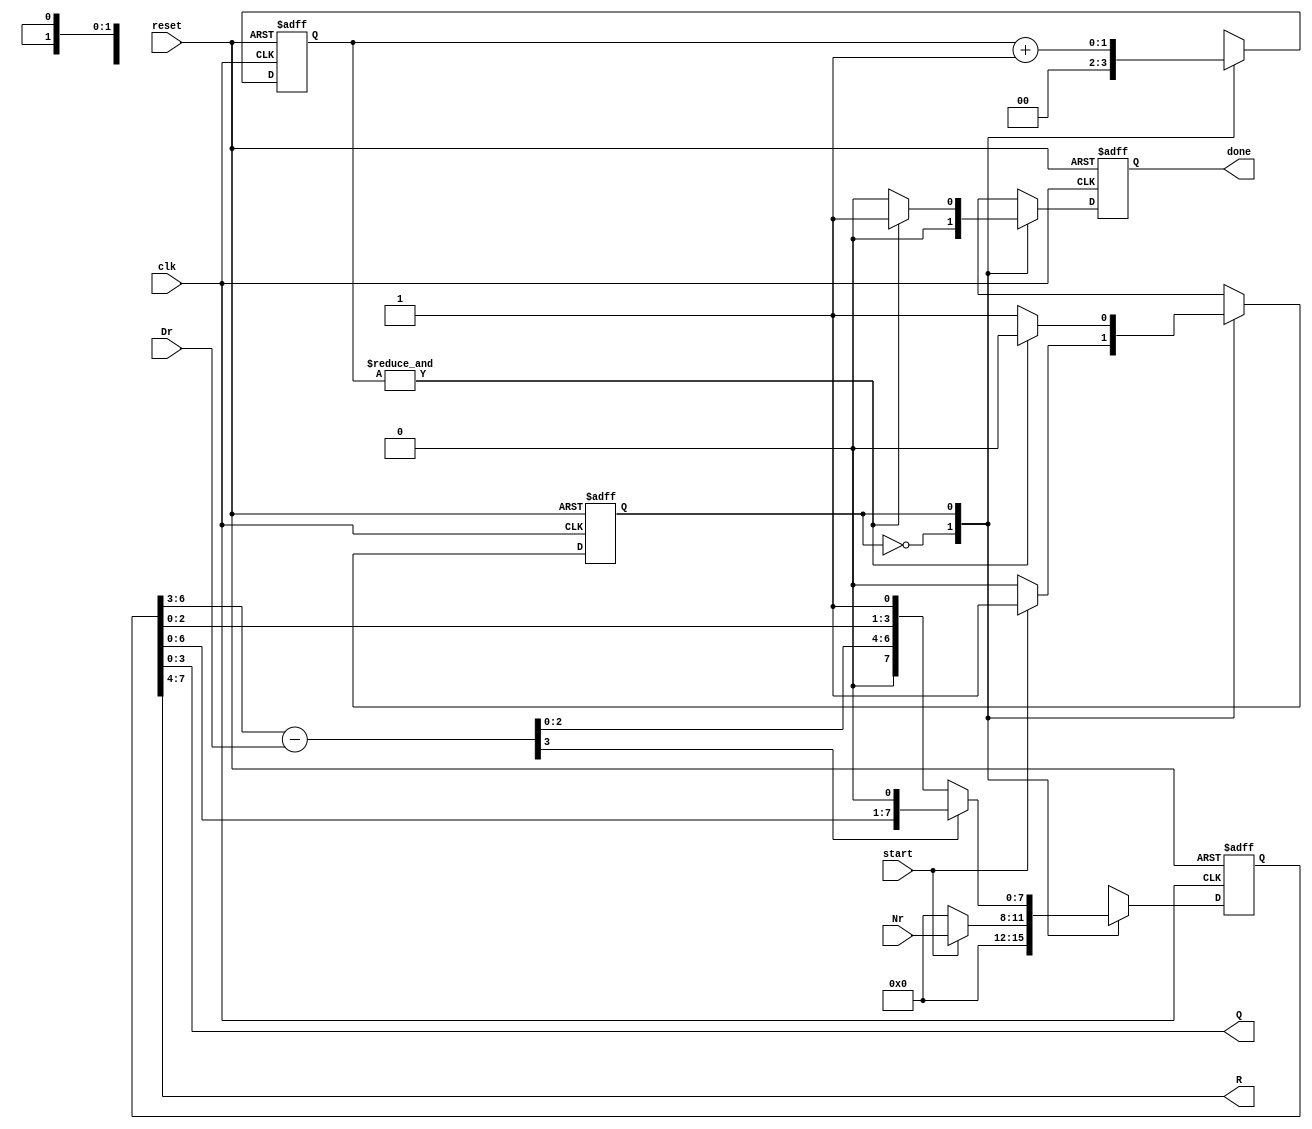
module slow_division1(clk,reset,start,Nr,Dr,done,Q,R);

input clk;
input reset;
input start;
input [3:0]Nr,Dr;
output [3:0]Q,R;
output done;

reg [7:0] A,next_A,A_dividend,A_dividend1;
reg next_state, pres_state;
reg [1:0] count,next_count;
reg done, next_done;

parameter IDLE = 1'b0;
parameter START = 1'b1;

assign R = A[7:4];
assign Q = A[3:0];

always @ (posedge clk or negedge reset)
begin
if(!reset)
begin
  A          <= 8'd0;
  done      <= 1'b0;
  pres_state <= 1'b0;
  count      <= 2'd0;
end
else
begin
  A          <= next_A;
  done      <= next_done;
  pres_state <= next_state;
  count      <= next_count;
end
end

always @ (*)
begin 
case(pres_state)
IDLE:
begin
next_count = 2'b0;
next_done = 1'b0;
if(start)
begin
    next_state = START;
    next_A     = {4'd0,Nr};
end
else
begin
    next_state = pres_state;
    next_A     = 8'd0;
end
end

START:
begin
next_count = count + 1'b1;
A_dividend     = A << 1;
A_dividend1    = {A_dividend[7:4]-Dr,A_dividend[3:0]};
next_A     = A_dividend1[7] ? {A_dividend[7:4],A_dividend[3:1],1'b0} : 
                          {A_dividend1[7:4],A_dividend[3:1],1'b1};
next_done = (&count) ? 1'b1 : 1'b0; 
next_state = (&count) ? IDLE : pres_state;	
end
endcase
end
endmodule